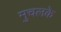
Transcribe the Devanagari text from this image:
मुचलके